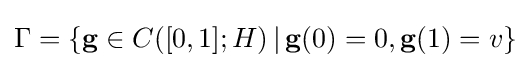
\Gamma =\{\mathbf {g} \in C([0,1];H)\,\vert \,\mathbf {g} (0)=0,\mathbf {g} (1)=v\}